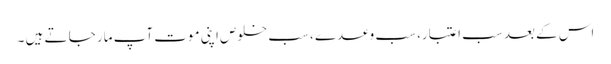
اس کے بعد سب اعتبار، سب وعدے ، سب خلوص اپنی موت آپ مار جا تے ہیں ۔